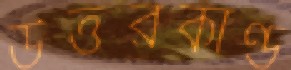
উত্তরকাণ্ড